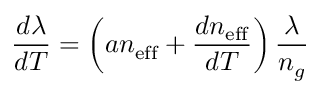
\frac { d \lambda } { d T } = \left( a n _ { \mathrm { e f f } } + \frac { d n _ { \mathrm { e f f } } } { d T } \right) \frac { \lambda } { n _ { g } }